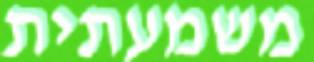
משמעתית